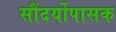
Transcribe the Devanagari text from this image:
सौंदर्योपासक